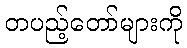
တပည့်တော်များကို